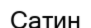
Сатин